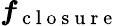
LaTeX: \boldsymbol{f}_{\mathrm{~c~l~o~s~u~r~e~}}